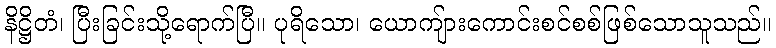
နိဋ္ဌိတံ၊ ပြီးခြင်းသို့ရောက်ပြီ။ ပုရိသော၊ ယောကျ်ားကောင်းစင်စစ်ဖြစ်သောသူသည်။